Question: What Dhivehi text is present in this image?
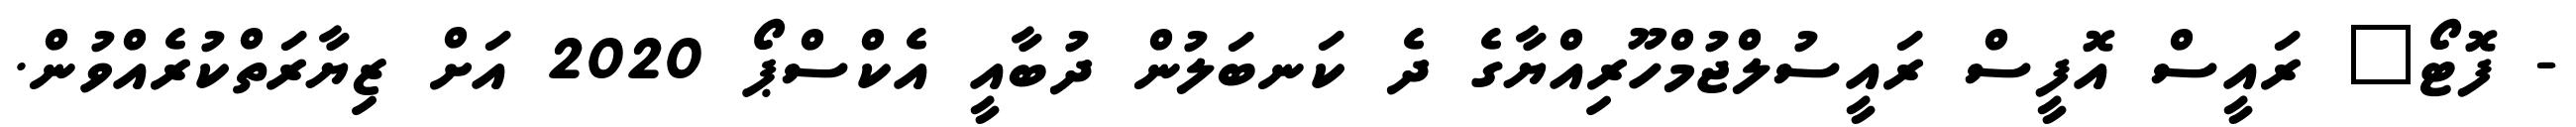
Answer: - ފޮޓޯ" ރައީސް އޮފީސް ރައީސުލްޖުމްހޫރިއްޔާގެ ދެ ކަނބަލުން ދުބާއީ އެކްސްޕޯ 2020 އަށް ޒިޔާރަތްކުރެއްވުން.